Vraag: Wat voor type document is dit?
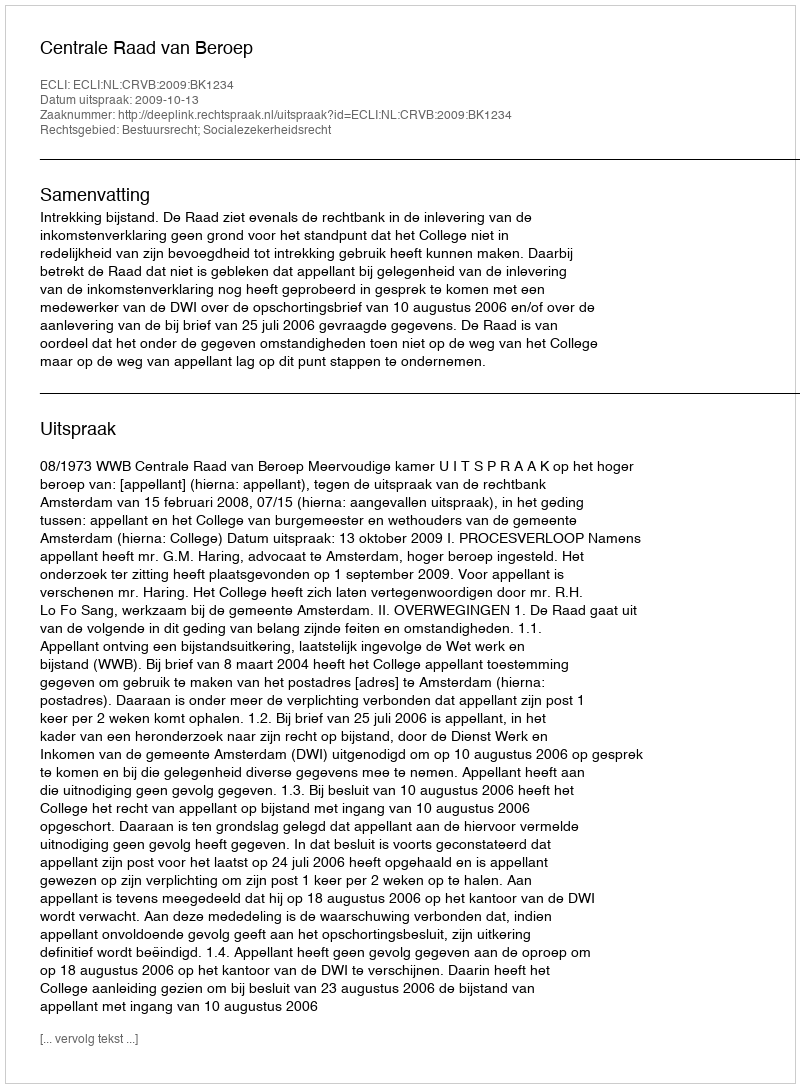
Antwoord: Uitspraak